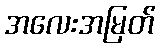
အလေးအမြတ်